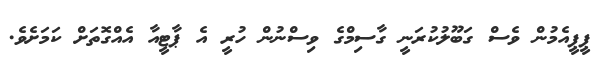
ޕީޕީއެމުން ވެސް ގަބޫލުކުރަނީ ގާސިމްގެ ވިސްނުން ހުރީ އެ ޕާޓީއާ އެއްގޮތަށް ކަމަށެވެ.